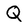
Character: Q